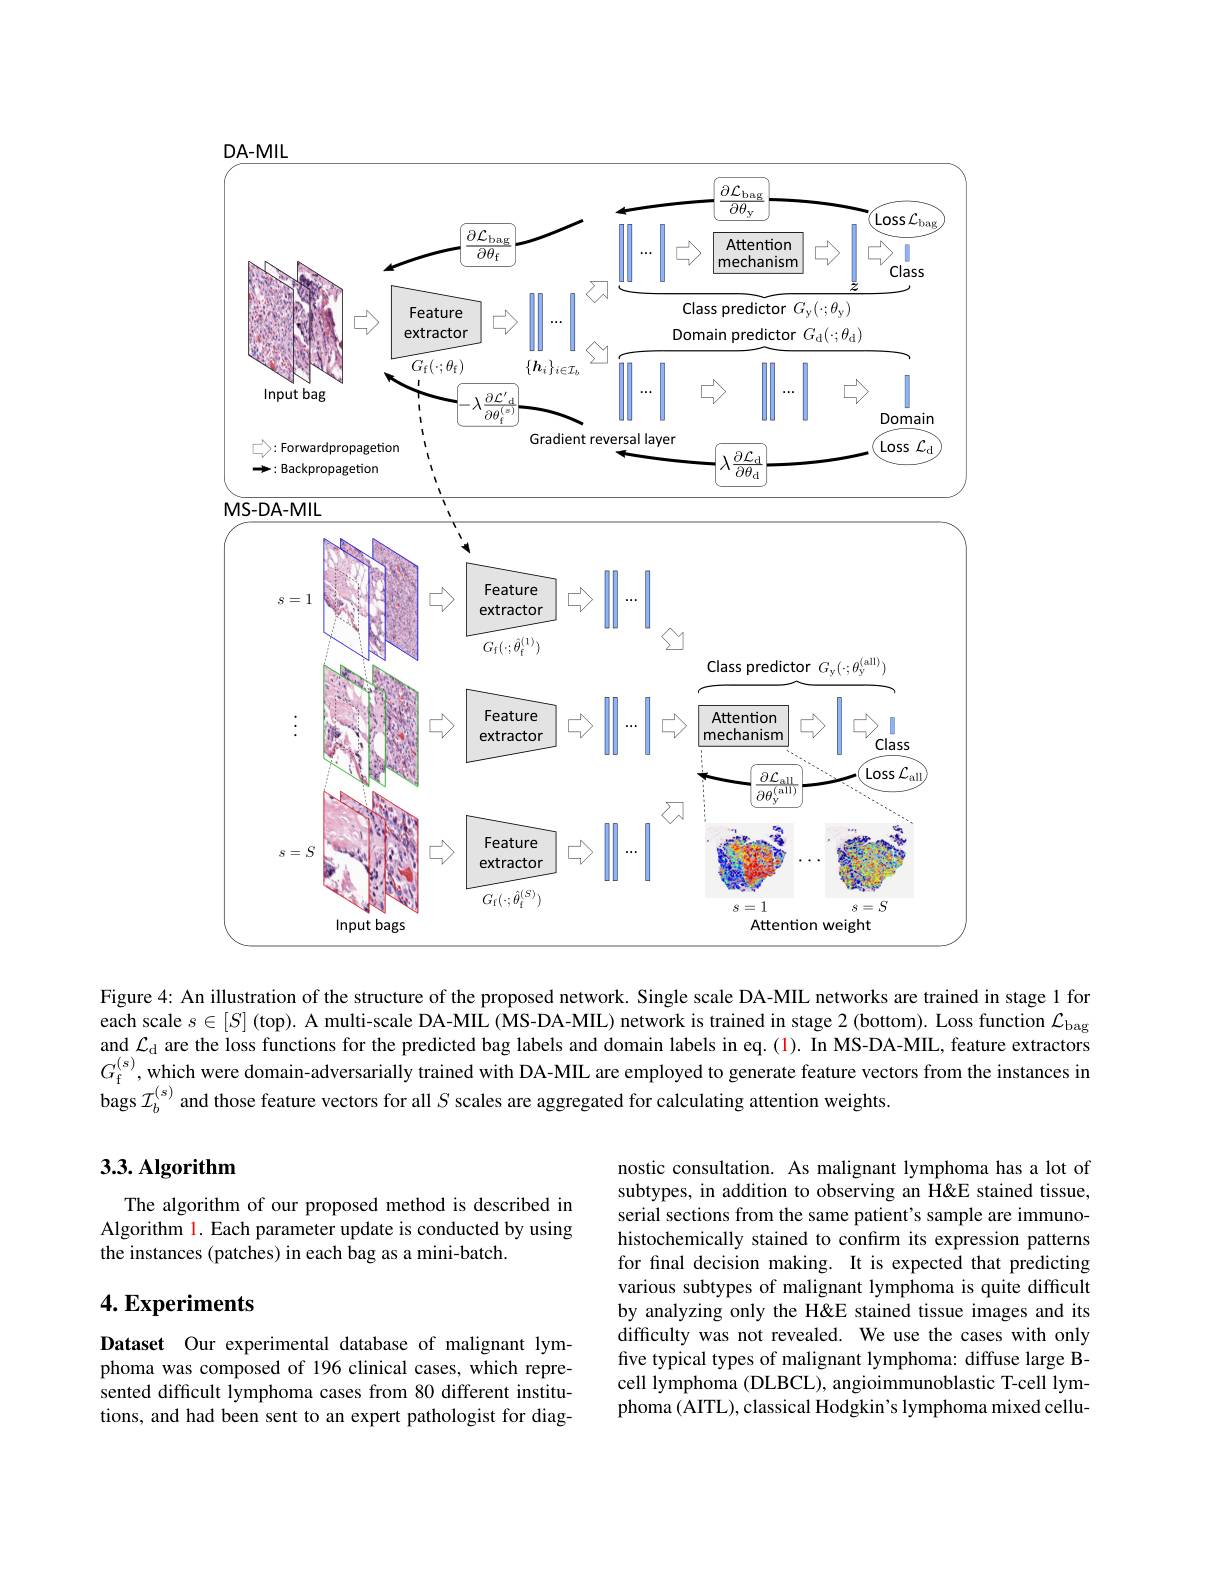
$DA-MIL$

<FigureHere>

Figure 4: An illustration of the structure of the proposed network. Single scale DA-MIL networks are trained in stage 1 for each scale $s\in[S]$ (top). A multi-scale DA-MIL (MS-DA-MIL) network is trained in stage 2 (bottom). Loss function $\mathcal{L}_\mathrm{bag}$ and $\mathcal{L}_\mathrm{d}$ are the loss functions for the predicted bag labels and domain labels in eq.(1). In MS-DA-MIL, feature extractors $G_{\mathrm{f}}^{(s)}$,which were domain-adversarially trained with DA-MIL are employed to generate feature vectors from the instances in bags $\mathcal{I}_b^{(s)}$ and those feature vectors for all $S$ scales are aggregated for calculating attention weights.

### 3.3. Algorithm

The algorithm of our proposed method is described in Algorithm 1. Each parameter update is conducted by using the instances (patches) in each bag as a mini-batch.

nostic consultation. As malignant lymphoma has a lot of subtypes, in addition to observing an H&E stained tissue, serial sections from the same patient's sample are immunohistochemically stained to confrm its expression patterns for final decision making. It is expected that predicting various subtypes of malignant lymphoma is quite difficult by analyzing only the H&E stained tissue images and its difficulty was not revealed. We use the cases with only five typical types of malignant lymphoma: diffuse large Bcell lymphoma (DLBCL), angioimmunoblastic T-cell lymphoma (AITL), classical Hodgkin's lymphoma mixed cellu-

# 4. Experiments

Dataset Our experimental database of malignant lymphoma was composed of 196 clinical cases, which represented difficult lymphoma cases from 80 different institutions, and had been sent to an expert pathologist for diag-